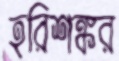
হরিশঙ্কর